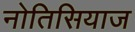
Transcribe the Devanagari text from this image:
नोतिसियाज